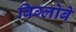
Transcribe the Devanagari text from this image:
बिग्लोबे